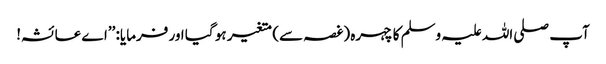
آپ صلی اللہ علیہ وسلم کا چہرہ (غصہ سے) متغیر ہو گیا اور فرمایا: ’’اے عائشہ!